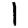
Digit: 1